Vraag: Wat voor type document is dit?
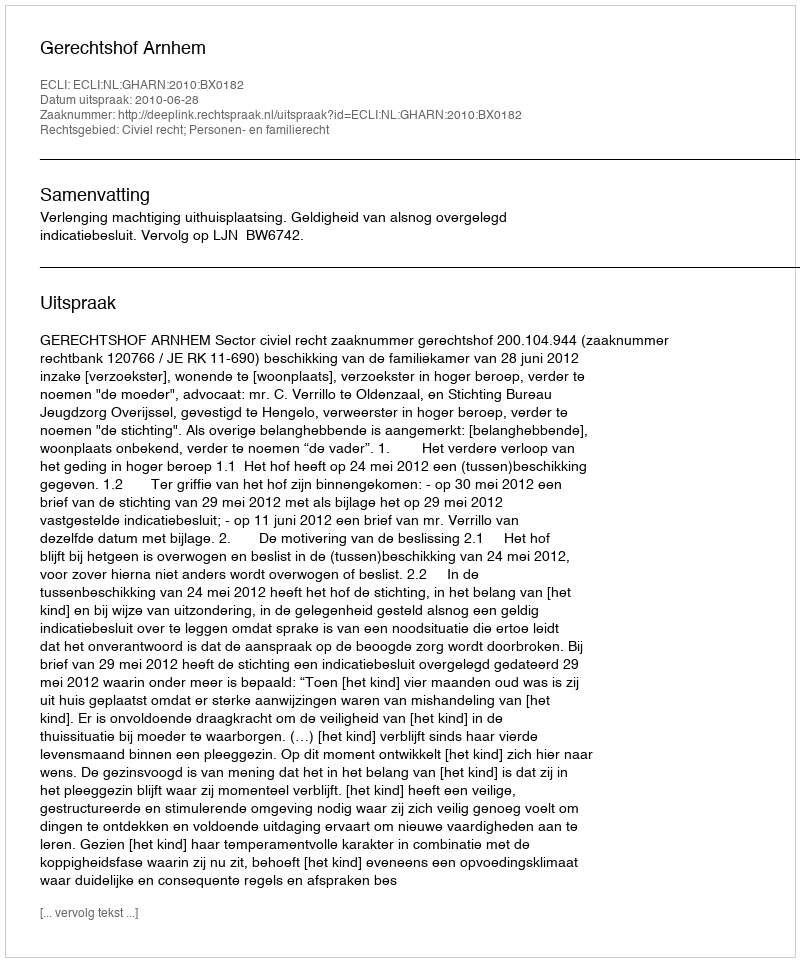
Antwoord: Uitspraak